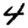
Digit: 4